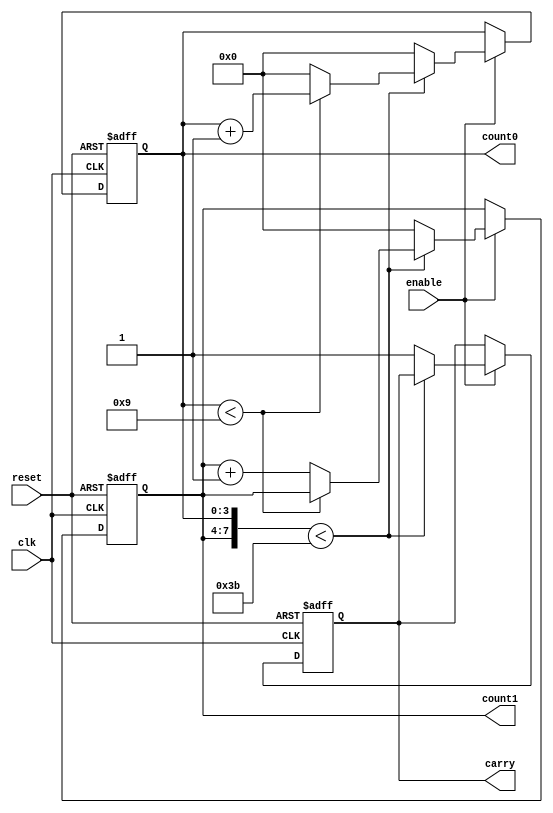
module 	count_00_59_bcd(clk,reset,enable,count1,count0,carry);

input 	clk,reset,enable;
output	[3:0]count1,count0;
wire	[3:0]count1,count0;
reg		[3:0]count1reg,count0reg;
reg		carryreg;
output 	carry;

assign 	count1=count1reg;
assign	count0=count0reg;
assign	carry=carryreg;

always@ (posedge clk or posedge reset)
begin
	if(reset) 
		begin
		carryreg<=1'd0;
		count1reg<=4'd0;
		count0reg<=4'd0;
		end
	else 	
		if(enable == 1'b1)
				if({count1reg,count0reg}<8'd59)
					if(count0reg<9)
						count0reg<=count0reg+4'd1;
						//carryreg<=1'd0;
					else begin
						count0reg=4'd0;
						count1reg=count1reg+4'd1;
						//carryreg=1'd1;
						end
				else begin
					carryreg<=1'd1;
					count0reg<=4'd0;
					count1reg<=4'd0;
					end
					
		
end
endmodule